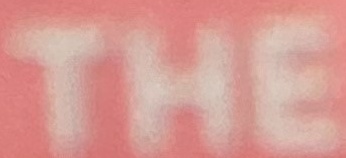
THE